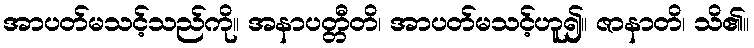
အာပတ်မသင့်သည်ကို။ အနာပတ္တီတိ၊ အာပတ်မသင့်ဟူ၍။ ဇာနာတိ၊ သိ၏။